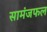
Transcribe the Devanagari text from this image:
सामंजफल